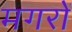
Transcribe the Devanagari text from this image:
मगरों